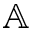
\mathbb { A }